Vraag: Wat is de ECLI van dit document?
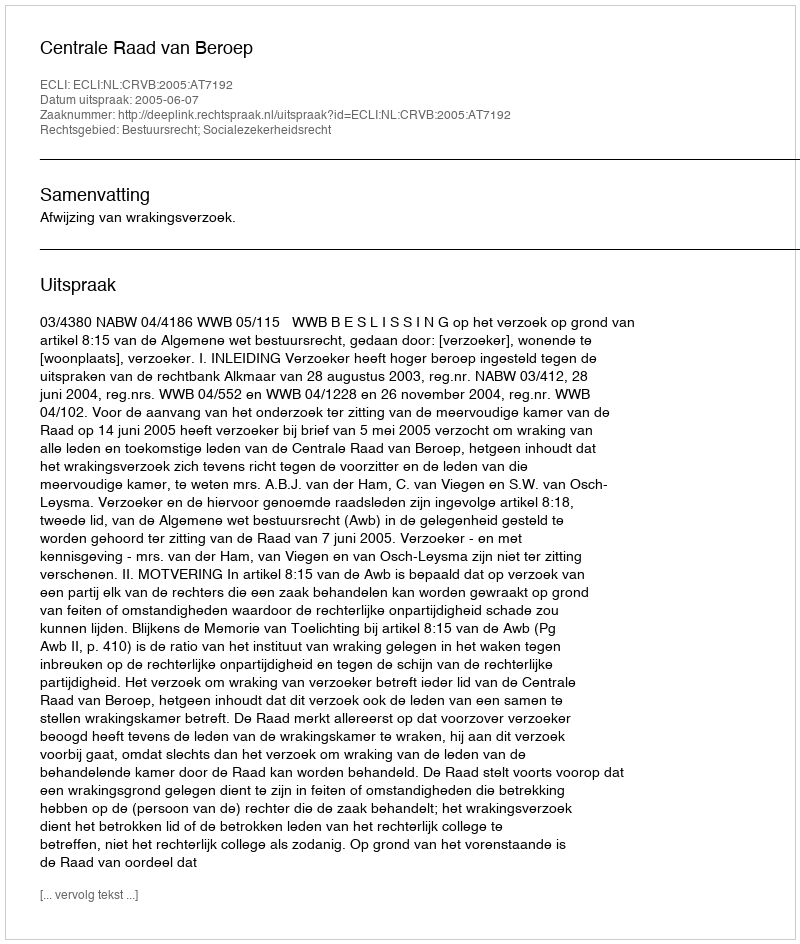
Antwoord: ECLI:NL:CRVB:2005:AT7192